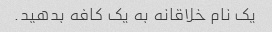
یک نام خلاقانه به یک کافه بدهید.